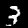
Label: 3